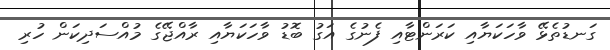
ގަނޑުތެޅޭ ވާހަކަޔާއި ކަރަންޓާއި ފެނުގެ އަގު ބޮޑު ވާހަކަޔާއި ރާއްޖޭގެ މުއްސަދިކަން ހުރި